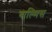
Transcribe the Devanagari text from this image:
बाल्मिस